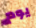
يوم